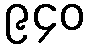
၉၄၀